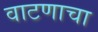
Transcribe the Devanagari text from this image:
वाटणाचा